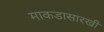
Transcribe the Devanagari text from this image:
माकडासारखी